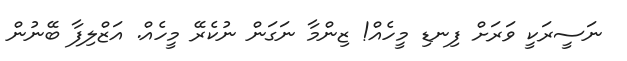
ނަސީރަކީ ވަރަށް ފިނޑި މީހެއް! ޒިންމާ ނަގަން ނުކެރޭ މީހެއް. އަޒްލިފާ ބޭނުން